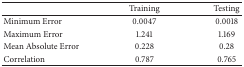
<table><thead><tr><td><b> </b></td><td><b>Training</b></td><td><b>Testing</b></td></tr></thead><tbody><tr><td>Minimum Error</td><td>0.0047</td><td>0.0018</td></tr><tr><td>Maximum Error</td><td>1.241</td><td>1.169</td></tr><tr><td>Mean Absolute Error</td><td>0.228</td><td>0.28</td></tr><tr><td>Correlation</td><td>0.787</td><td>0.765</td></tr></tbody></table>